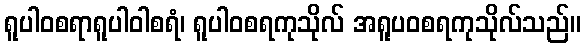
ရူပါဝစရာရူပါဝါစရံ၊ ရူပါဝစရကုသိုလ် အရူပဝစရကုသိုလ်သည်။